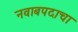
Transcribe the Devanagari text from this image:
नवाबपदाचा